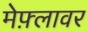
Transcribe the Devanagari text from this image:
मेफ़्लावर